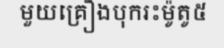
មួយគ្រឿងបុករះម៉ូតូ៥